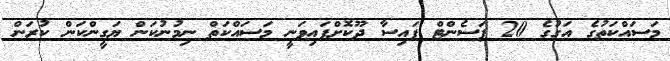
މަސައްކަތުގެ އަގުގެ 20 ޕަސެންޓް ފައިސާ ދޫކޮށްފައިވަނީ މަސައްކަތް ނިމުނުކަން ޔަގީންކަން ކުރަން